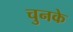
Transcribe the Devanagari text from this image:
चुनके